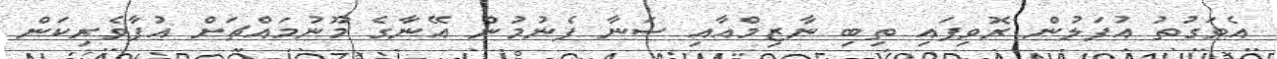
އެވަގުތު އުފަލުން ރޮވިފައި ތިބި ނާޒިމްއާއި ސަނާ ފެނުމުން އޭނާގެ މޫނުމައްޗަށް އުފާވެރިކަން